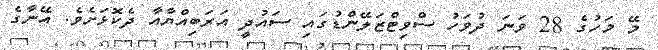
މޭ މަހުގެ 28 ވަނަ ދުވަހު ސްވިޓްޒަލޭންޑުގައި ސައުދީ އަރަބިއްޔާއާ ދެކޮޅަށެވެ. އޭނާގެ